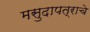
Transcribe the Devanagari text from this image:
मसुदापत्राचे